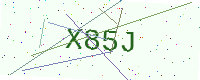
Text: X85J